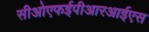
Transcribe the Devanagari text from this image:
सीओएफईपीआरआईएस